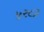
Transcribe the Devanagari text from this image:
५२८३